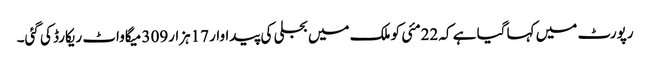
رپورٹ میں کہا گیا ہے کہ 22مئی کو ملک میں بجلی کی پیداوار 17ہزار309 میگاواٹ ریکارڈ کی گئی۔